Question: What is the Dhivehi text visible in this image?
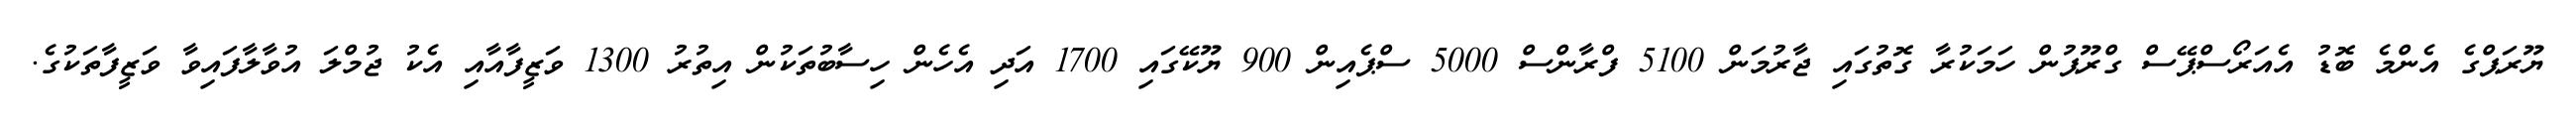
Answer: ޔޫރަޕްގެ އެންމެ ބޮޑު އެއަރޯސްޕޭސް ގްރޫޕުން ހަމަކުރާ ގޮތުގައި ޖާރުމަން 5100 ފްރާންސް 5000 ސްޕެއިން 900 ޔޫކޭގައި 1700 އަދި އެހެން ހިސާބުތަކުން އިތުރު 1300 ވަޒީފާއާއި އެކު ޖުމްލަ އުވާލާފައިވާ ވަޒީފާތަކުގެ.